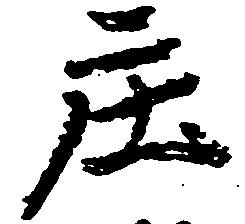
庄